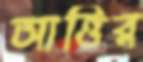
আত্তির